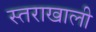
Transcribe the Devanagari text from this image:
स्तराखाली